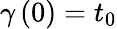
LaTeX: \gamma\left(0\right)=t_{0}